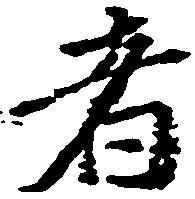
者